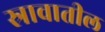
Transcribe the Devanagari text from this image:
स्रावातील